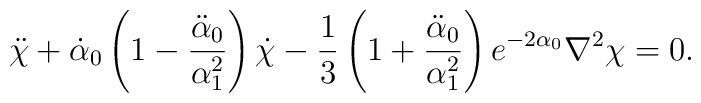
\ddot{\chi}+ \dot{\alpha}_0 \left(1 -\frac{\ddot{\alpha}_0}{\alpha_1^2} \right) \dot{\chi}-\frac{1}{3}\left(1+\frac{\ddot{\alpha}_0}{\alpha_1^2}\right) e^{- 2 \alpha_0} \nabla^2 \chi =0.